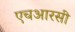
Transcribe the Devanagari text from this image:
एचआरसी